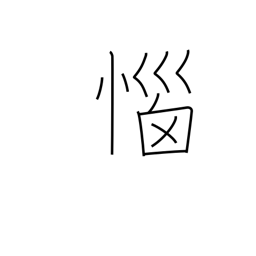
Meaning: angered